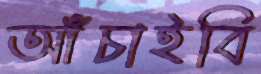
আঁচাইবি